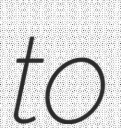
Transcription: to